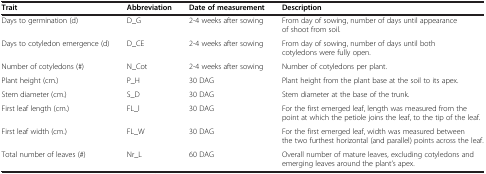
<table><thead><tr><td><b>Trait</b></td><td><b>Abbreviation</b></td><td><b>Date of measurement</b></td><td><b>Description</b></td></tr></thead><tbody><tr><td>Days to germination (d)</td><td>D_G</td><td>2-4 weeks after sowing</td><td>From day of sowing, number of days until appearance of shoot from soil.</td></tr><tr><td>Days to cotyledon emergence (d)</td><td>D_CE</td><td>2-4 weeks after sowing</td><td>From day of sowing, number of days until both cotyledons were fully open.</td></tr><tr><td>Number of cotyledons (#)</td><td>N_Cot</td><td>2-4 weeks after sowing</td><td>Number of cotyledons per plant.</td></tr><tr><td>Plant height (cm.)</td><td>P_H</td><td>30 DAG</td><td>Plant height from the plant base at the soil to its apex.</td></tr><tr><td>Stem diameter (cm.)</td><td>S_D</td><td>30 DAG</td><td>Stem diameter at the base of the trunk.</td></tr><tr><td>First leaf length (cm.)</td><td>FL_l</td><td>30 DAG</td><td>For the first emerged leaf, length was measured from the point at which the petiole joins the leaf, to the tip of the leaf.</td></tr><tr><td>First leaf width (cm.)</td><td>FL_W</td><td>30 DAG</td><td>For the first emerged leaf, width was measured between the two furthest horizontal (and parallel) points across the leaf.</td></tr><tr><td>Total number of leaves (#)</td><td>Nr_L</td><td>60 DAG</td><td>Overall number of mature leaves, excluding cotyledons and emerging leaves around the plant’s apex.</td></tr></tbody></table>